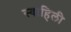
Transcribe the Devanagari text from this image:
स्‍वाहिली